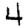
Digit: 4